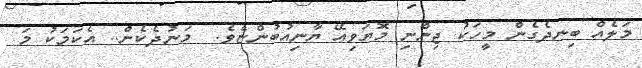
މަލެއް ބިނދެގެން މީހަކު ޖިންނި މޮޔަވިއޭ ޔާނިއުބުންޏެވެ.  މަނުދެކެން.. އެކަމަކު މަ